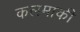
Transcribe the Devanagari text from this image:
कलमाकी